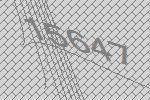
15647